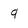
Character: q